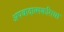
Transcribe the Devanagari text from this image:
अपवादात्मकरित्या